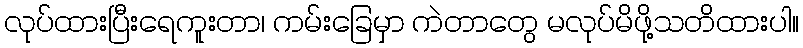
လုပ်ထားပြီးရေကူးတာ၊ ကမ်းခြေမှာ ကဲတာတွေ မလုပ်မိဖို့သတိထားပါ။